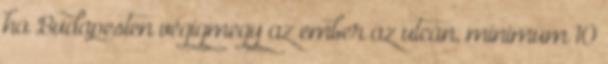
ha Budapesten végigmegy az ember az utcán, minimum 10